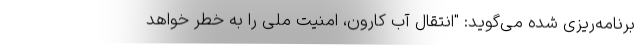
برنامه‌ریزی شده می‌گوید: "انتقال آب کارون، امنیت ملی را به خطر خواهد